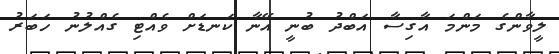
ލީވާންގެ މަންމަ އާގިސާ އަބްދު ބުނީ އޭނާ ކަނޑަށް ވެއްޓި ގެއްލުނު ހަބަރު